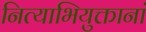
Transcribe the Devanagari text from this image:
नित्याभियुक्तानां